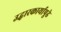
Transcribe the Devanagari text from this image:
उद्धारकार्यापुढे